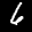
Label: 6